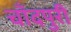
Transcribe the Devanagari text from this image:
चाँदपुरी